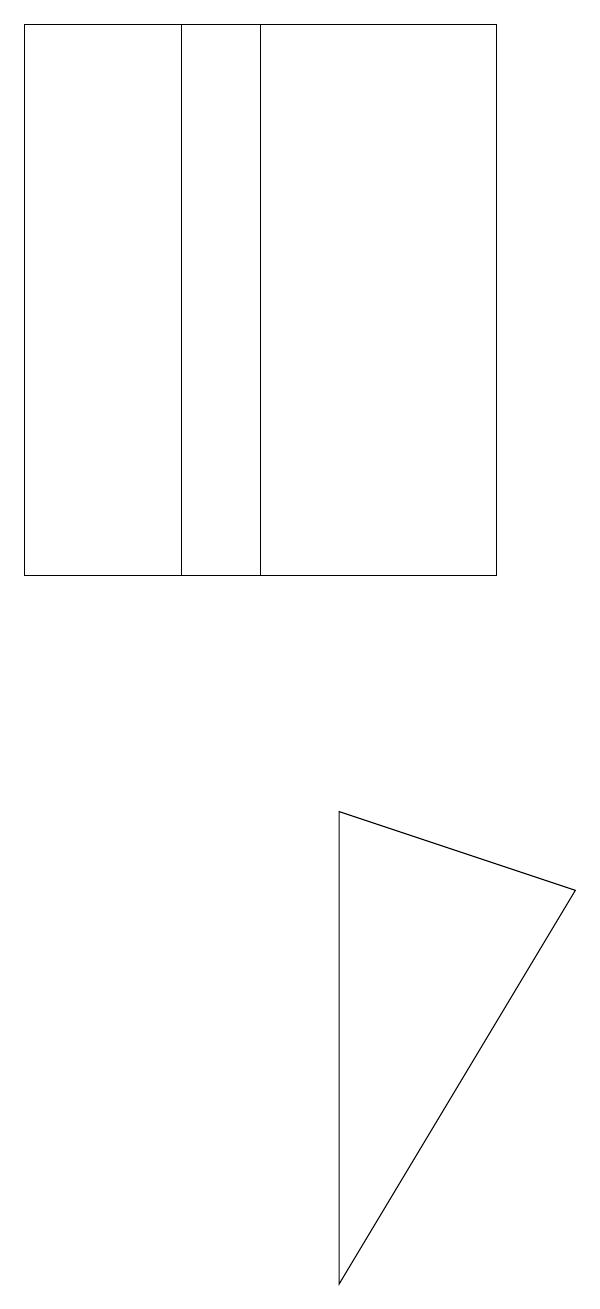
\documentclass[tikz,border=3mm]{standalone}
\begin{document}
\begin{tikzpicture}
\draw (2,12) rectangle (6,19);
\draw (7,8) -- (4,3) -- (4,9) -- cycle;
\draw (0,12) rectangle (3,19);
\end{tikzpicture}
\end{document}